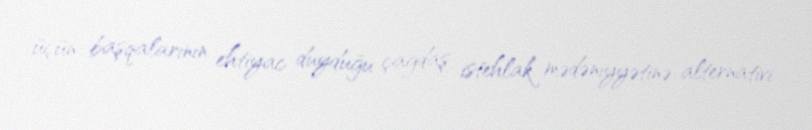
üçün başqalarının ehtiyac duyduğu çağdaş istehlak mədəniyyətinə alternativi